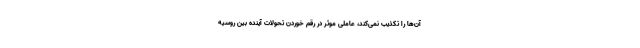
آن‌ها را تکذیب نمی‌کند، عاملی موثر در رقم خوردن تحولات آینده بین روسیه